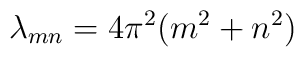
\lambda_{mn} = 4\pi^2 (m^2 + n^2)